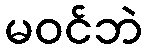
မဝင်ဘဲ